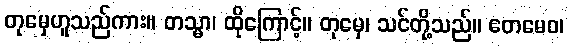
တုမှေဟူသည်ကား။ တသ္မာ၊ ထိုကြောင့်။ တုမှေ၊ သင်တို့သည်။ ဧတမေဝ၊